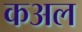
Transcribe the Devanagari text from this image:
कअल